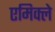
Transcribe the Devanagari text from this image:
एमिक्ले